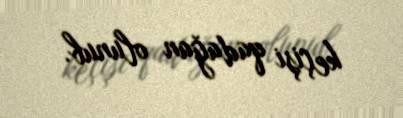
keçişi qadağan olunub.